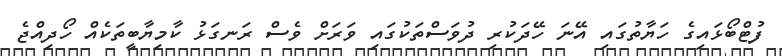
ފުޓްބޯޅައިގެ ހަޔާތުގައި އޭނަ ހޭދަކުރި ދުވަސްތަކުގައި ވަރަށް ވެސް ރަނގަޅު ކާމިޔާބީތަކެއް ހޯދިއްޖެ